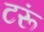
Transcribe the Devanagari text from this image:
टरूं